Scientific memoirs by medical officers of the Army of India - Part V,
Year: 1890
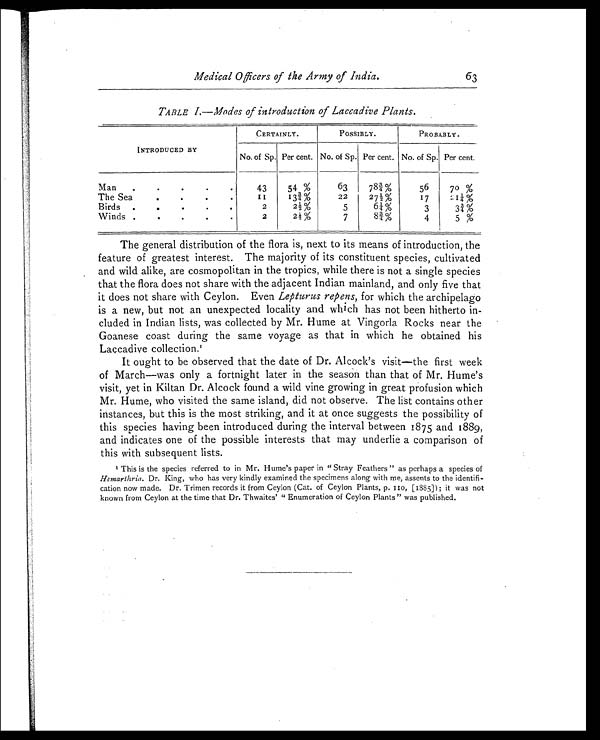
Medical Officers of the Army of India.
63
TABLE I.—Modes of introduction of Laccadive Plants.
INTRODUCED BY
CERTAINLY.
POSSIBLY.
PROBABLY.
No. of Sp. Per cent. No. of Sp. Per cent. No. of Sp. Per cent.
Man
.
.
.
.
.
43
54 %
63
78¾%
56
70 %
The Sea
. . . .
1 1
13¾%
22
27½%
17
21¼%
Birds
.
.
.
.
.
2
2½%
5
6¼%
3
3¾%
Winds .
.
.
.
.
2
2½%
7
8¾%
4
5 %
The general distribution of the flora is, next to its means of introduction, the
feature of greatest interest. The majority of its constituent species, cultivated
and wild alike, are cosmopolitan in the tropics, while there is not a single species
that the flora does not share with the adjacent Indian mainland, and only five that
it does not share with Ceylon. Even Lepturus repens, for which the archipelago
is a new, but not an unexpected locality and which has not been hitherto in
-cluded in Indian lists, was collected by Mr. Hume at Vingorla Rocks near the
Goanese coast during the same voyage as that in which he obtained his
Laccadive collection.1
It ought to be observed that the date of Dr. Alcock's visit—the first week
of March—was only a fortnight later in the season than that of Mr. Hume's
visit, yet in Kiltan Dr. Alcock found a wild vine growing in great profusion which
Mr. Hume, who visited the same island, did not observe. The list contains other
instances, but this is the most striking, and it at once suggests the possibility of
this species having been introduced during the interval between 1875 and 1889,
and indicates one of the possible interests that may underlie a comparison of
this with subsequent lists.
1
This is the species referred to in Mr. Hume's paper in " Stray Feathers " as perhaps a species of
Hemarthria. Dr. King, who has very kindly examined the specimens along with me, assents to the identifi
- c a t i o n n o w m a d e . D r . T r i m e n r e c o r d s i t f r o m C e y l o n ( C a t . o f C e y l o n P l a n t s , p . 1 1 0 , [ 1 8 8 5 ] ) ; i t w a s n o t
known from Ceylon at the time that Dr. Thwaites' " Enumeration of Ceylon Plants " was published.